画像に写った文字を読んでください
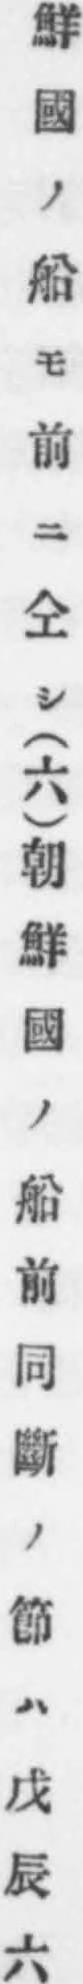
「鮮國ノ船モ前ニ仝シ(六)朝鮮國ノ船前同斷ノ節ハ戊辰六」と書いてあります